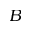
B